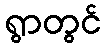
ရွာတွင်